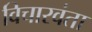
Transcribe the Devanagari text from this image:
विचारवंता